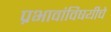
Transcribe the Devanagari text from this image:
प्रभावांविषयीचे